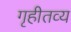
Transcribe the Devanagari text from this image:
गृहीतव्य